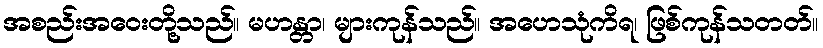
အစည်းအဝေးတို့သည်။ မဟန္တာ၊ များကုန်သည်။ အဟေသုံကိရ၊ ဖြစ်ကုန်သတတ်။